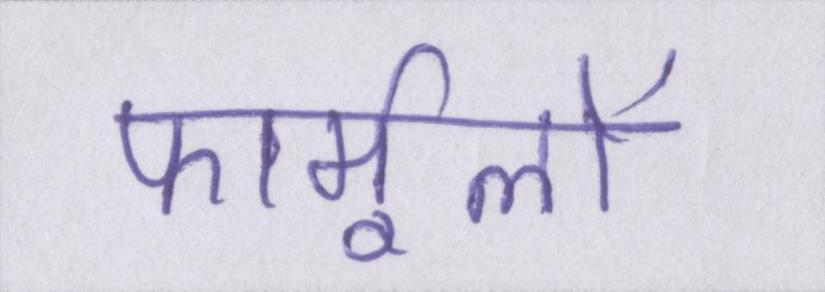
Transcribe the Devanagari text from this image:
फार्मूलों